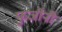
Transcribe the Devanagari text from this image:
फुजींनी